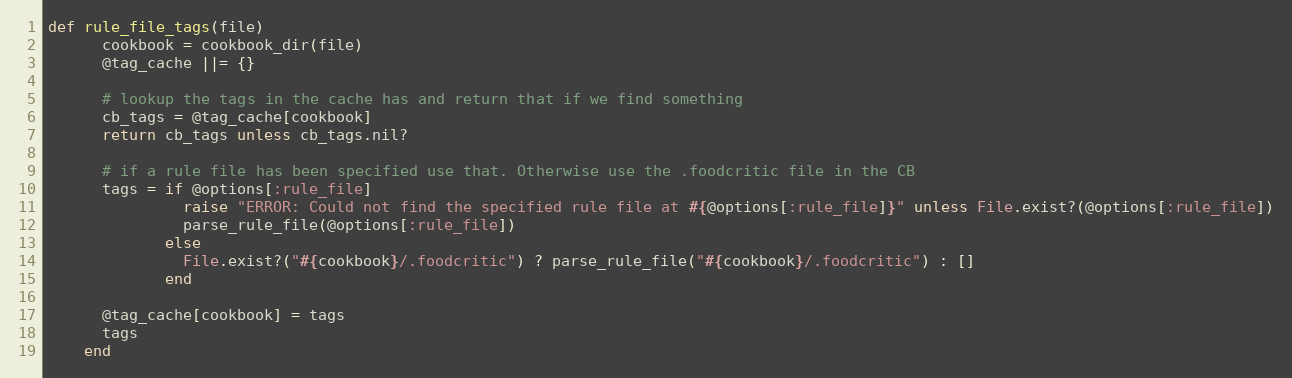
Language: Ruby
def rule_file_tags(file)
      cookbook = cookbook_dir(file)
      @tag_cache ||= {}

      # lookup the tags in the cache has and return that if we find something
      cb_tags = @tag_cache[cookbook]
      return cb_tags unless cb_tags.nil?

      # if a rule file has been specified use that. Otherwise use the .foodcritic file in the CB
      tags = if @options[:rule_file]
               raise "ERROR: Could not find the specified rule file at #{@options[:rule_file]}" unless File.exist?(@options[:rule_file])
               parse_rule_file(@options[:rule_file])
             else
               File.exist?("#{cookbook}/.foodcritic") ? parse_rule_file("#{cookbook}/.foodcritic") : []
             end

      @tag_cache[cookbook] = tags
      tags
    end